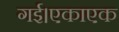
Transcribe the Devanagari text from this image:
गई।एकाएक